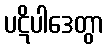
ပဋိပါဒေတွာ